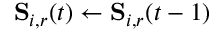
\mathbf { S } _ { i , r } ( t ) \gets \mathbf { S } _ { i , r } ( t - 1 )